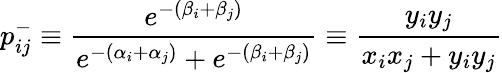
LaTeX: p_{ij}^{-}\equiv\frac{e^{-(\beta_{i}+\beta_{j})}}{e^{-(\alpha_{i}+\alpha_{j})}+e^{-(\beta_{i}+\beta_{j})}}\equiv\frac{y_{i}y_{j}}{x_{i}x_{j}+y_{i}y_{j}}